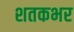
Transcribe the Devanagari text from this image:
शतकभर